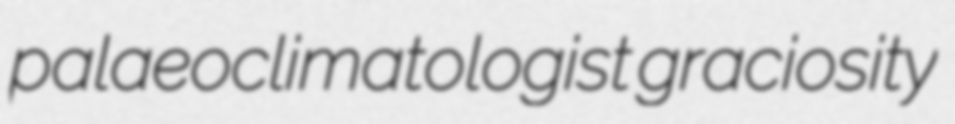
palaeoclimatologist graciosity